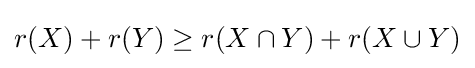
r(X)+r(Y)\geq r(X\cap Y)+r(X\cup Y)